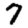
Digit: 7